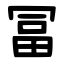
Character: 冨